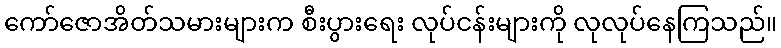
ကော်ဇောအိတ်သမားများက စီးပွားရေး လုပ်ငန်းများကို လုလုပ်နေကြသည်။